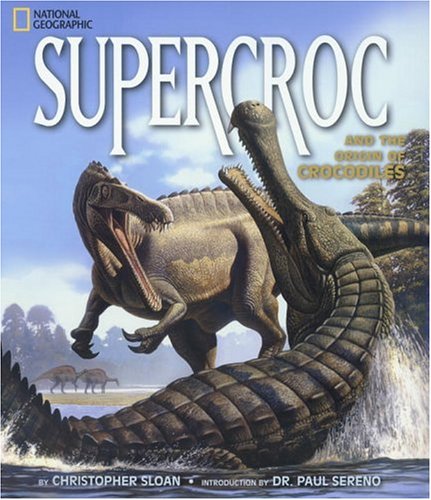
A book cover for SuperCroc and the Origin of Crocodiles; Christopher Sloan; Children's Books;